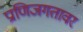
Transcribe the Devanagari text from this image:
प्राणिजगतावर